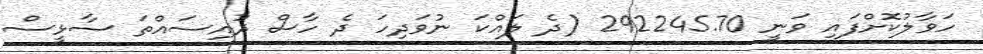
ހަވާލުކޮށްފައި ވަނީ 292245.70 (ދެ ލައްކަ ނުވަދިހަ ދެ ހާސް ދުއިސައްތަ ސާޅީސް